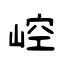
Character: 崆